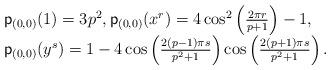
LaTeX: \begin{align*}\begin{array}{l}\mathsf{p}_{(0,0)}(1)=3p^2,\mathsf{p}_{(0,0)}(x^r) = 4\cos^2\left(\frac{2\pi r}{p+1}\right)-1, \\\mathsf{p}_{(0,0)}(y^s) = 1-4\cos \left(\frac{2(p-1)\pi s}{p^2+1}\right) \cos\left( \frac{2(p+1)\pi s}{p^2+1}\right).\end{array}\end{align*}